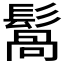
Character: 𩮑